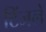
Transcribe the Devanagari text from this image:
टिंजले